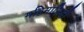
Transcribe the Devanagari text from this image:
महिमासिद्धी